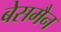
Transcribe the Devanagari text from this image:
बेसमैन